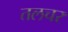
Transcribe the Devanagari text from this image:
तलचर